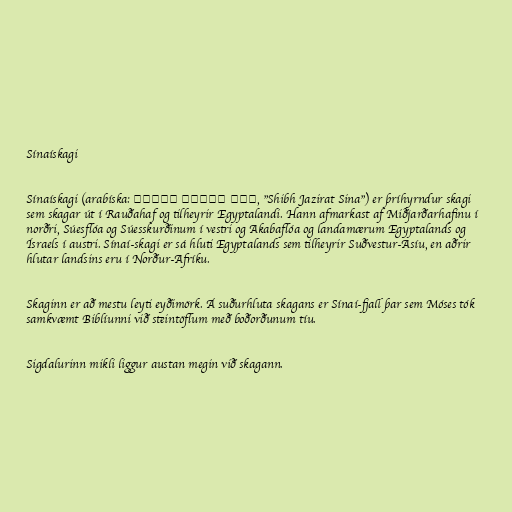
Sínaískagi

Sínaískagi (arabíska: شبه جزيرة سيناء, "Shibh Jazirat Sina") er þríhyrndur skagi
sem skagar út í Rauðahaf og tilheyrir Egyptalandi. Hann afmarkast af Miðjarðarhafinu í
norðri, Súesflóa og Súesskurðinum í vestri og Akabaflóa og landamærum Egyptalands og
Ísraels í austri. Sínaí-skagi er sá hluti Egyptalands sem tilheyrir Suðvestur-Asíu, en aðrir
hlutar landsins eru í Norður-Afríku.

Skaginn er að mestu leyti eyðimörk. Á suðurhluta skagans er Sínaí-fjall þar sem Móses tók
samkvæmt Biblíunni við steintöflum með boðorðunum tíu.

Sigdalurinn mikli liggur austan megin við skagann.